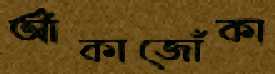
আঁকাজোঁকা